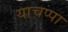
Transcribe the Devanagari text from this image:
याचप्पा